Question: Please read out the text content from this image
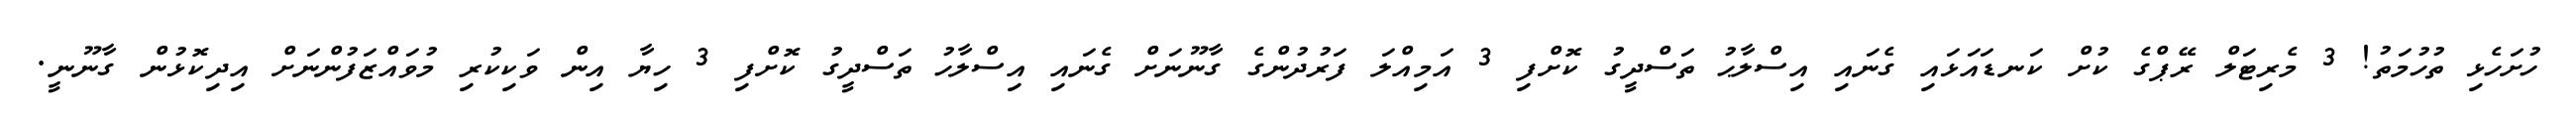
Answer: ހުށަހެޅި ތުހުމަތު! 3 މެރިޓަލް ރޭޕްގެ ކުށް ކަނޑައަޅައި ގެނައި އިސްލާޙު ތަސްދީގު ކޮށްފި 3 އަމިއްލަ ފަރުދުންގެ ގާނޫނަށް ގެނައި އިސްލާހު ތަސްދީގު ކޮށްފި 3 ހިޔާ އިން ވަކިކުރި މުވައްޒަފުންނަށް އިދިކޮޅުން ގާނޫނީ.